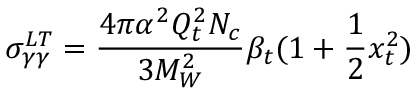
\sigma _ { \gamma \gamma } ^ { L T } = \frac { 4 \pi \alpha ^ { 2 } Q _ { t } ^ { 2 } N _ { c } } { 3 M _ { W } ^ { 2 } } \beta _ { t } ( 1 + \frac { 1 } { 2 } x _ { t } ^ { 2 } )